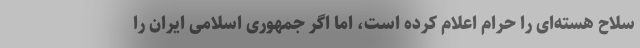
سلاح هسته‌ای را حرام اعلام کرده است، اما اگر جمهوری اسلامی ایران را